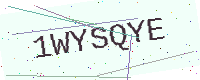
Text: 1WYSQYE